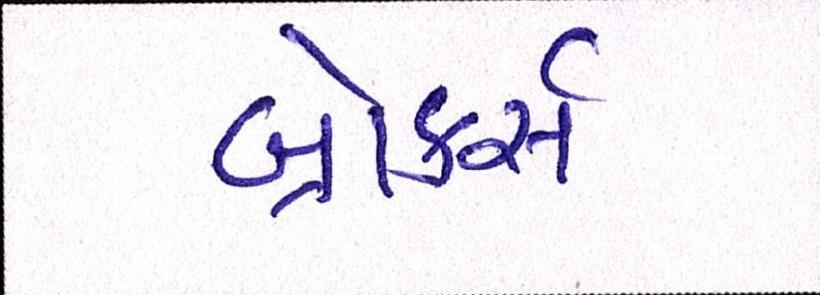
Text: બ્રોકર્સ